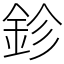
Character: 鉁